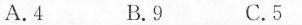
A.4 B.9 C.5